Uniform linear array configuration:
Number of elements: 12
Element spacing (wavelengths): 0.75
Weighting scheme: cosine
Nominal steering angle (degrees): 60
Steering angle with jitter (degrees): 60.949
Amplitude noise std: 0.05
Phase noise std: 0.05

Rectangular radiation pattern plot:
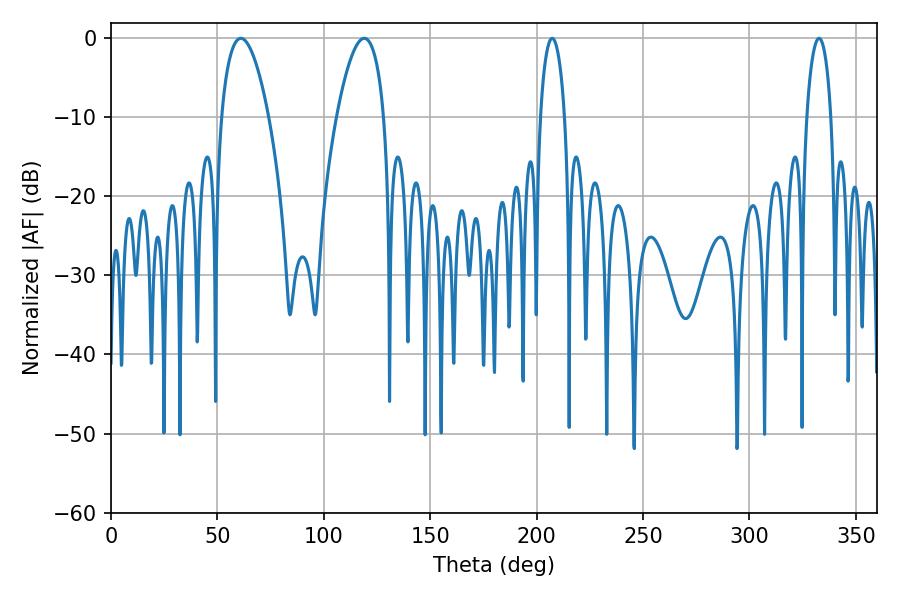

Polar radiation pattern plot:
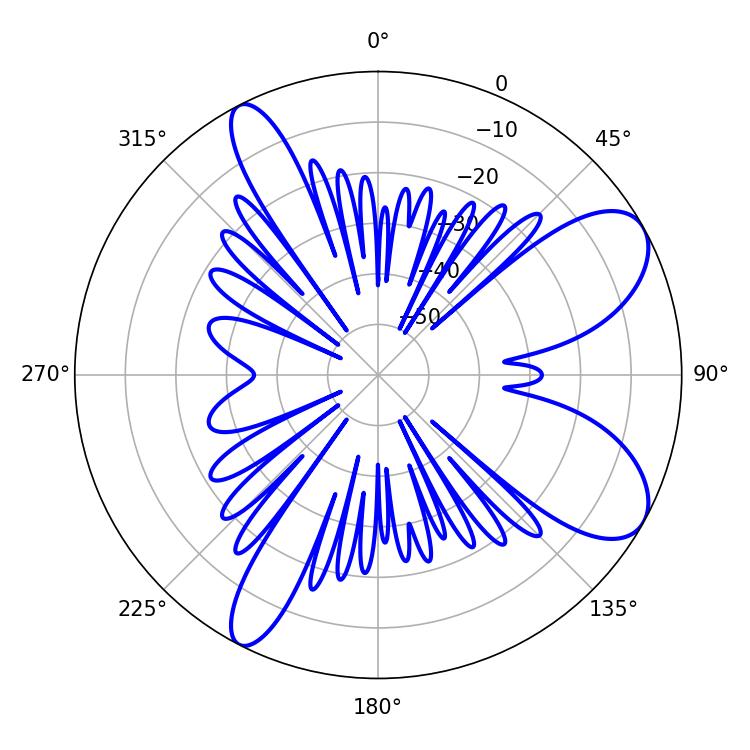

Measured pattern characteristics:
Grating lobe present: TRUE
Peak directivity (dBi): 8.373
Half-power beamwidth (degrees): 12.42
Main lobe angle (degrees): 61.02